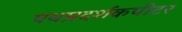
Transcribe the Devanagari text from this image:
पथप्रदर्शकपीटर